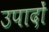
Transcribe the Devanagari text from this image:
उपादों